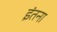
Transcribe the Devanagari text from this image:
इंतना